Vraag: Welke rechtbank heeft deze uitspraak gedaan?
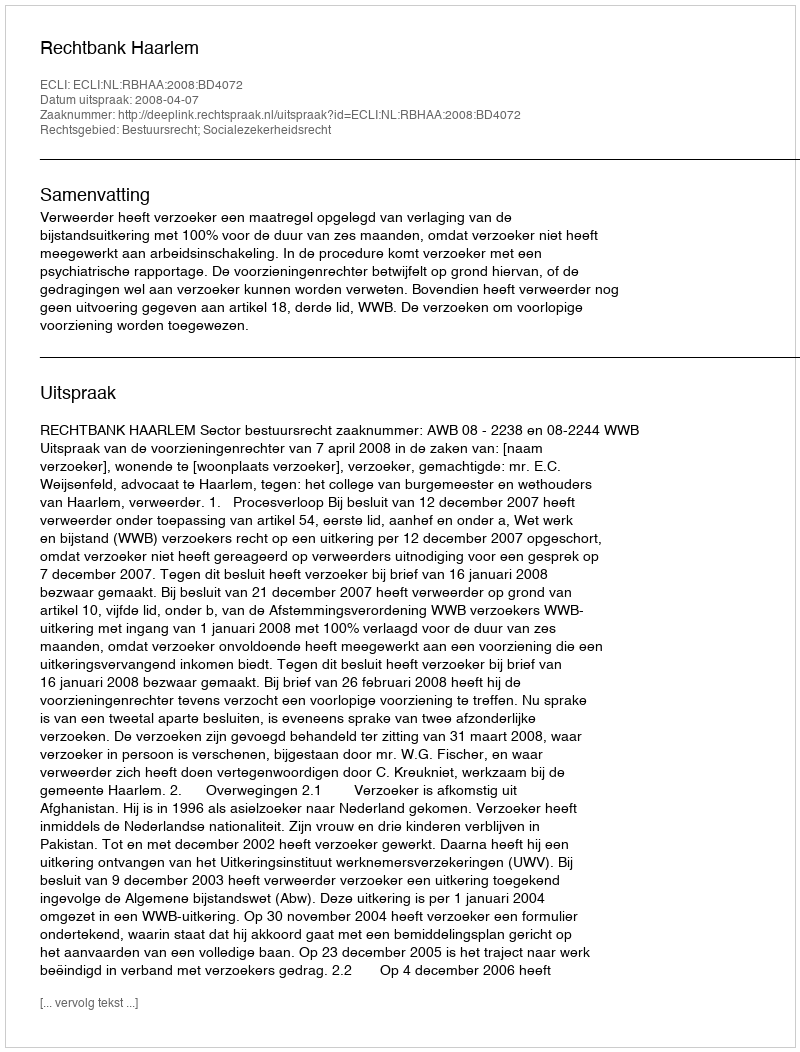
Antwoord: Rechtbank Haarlem